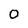
Character: 0